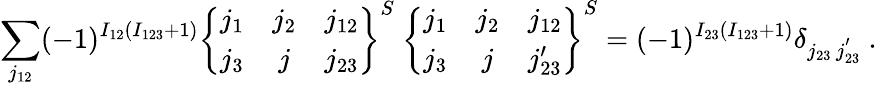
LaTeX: \sum_{j_{12}}(-1)^{I_{12}(I_{123}+1)}\left\{ \begin{array}{ccc}{{j_{1}}}&{{j_{2}}}&{{j_{12}}}\\ {{j_{3}}}&{{j}}&{{j_{23}}}\end{array}\right\} ^{S}~\left\{ \begin{array}{ccc}{{j_{1}}}&{{j_{2}}}&{{j_{12}}}\\ {{j_{3}}}&{{j}}&{{j_{23}^{\prime}}}\end{array}\right\} ^{S}=(-1)^{I_{23}(I_{123}+1)}\delta_{j_{23}\, j_{23}^{'}}~.